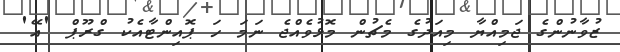
ޒުވާނުންގެ ޖަމިއްޔާ މިއަދުގެ މެޗުން މޮޅުވެއްޖެ ނަމަ ހަ ޕޮއިންޓާއެކު ގްރޫޕް 'އޭ'